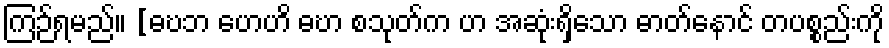
ကြဉ်ရမည်။ [ဓဎဘ ဟေဟိ ဓဎာ စသုတ်က ဟ အဆုံးရှိသော ဓာတ်နောင် တပစ္စည်းကို